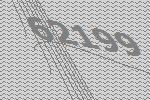
62199